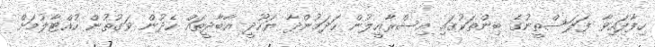
ހިފާފައިވާ ފަލަސްތީނުގެ ބިންތަކުގައި އިސްރާއީލުން ހަދަމުންދާ ޔަހޫދީ އާބާދީތައް ހެދުން ވަގުތުން ހުއްޓާލުމަށް